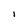
Character: 1